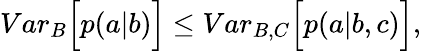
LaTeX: \begin{array}{r}{{Var}_{B}\Big[p(a|b)\Big]\leq{Var}_{B,C}\Big[p(a|b,c)\Big],}\end{array}